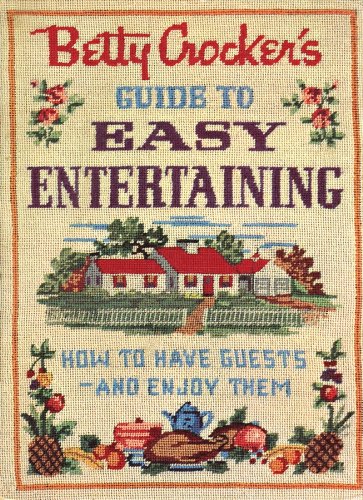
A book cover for Betty Crocker's Guide to Easy Entertaining, Facsimile Edition; Betty Crocker; Cookbooks, Food & Wine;